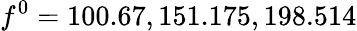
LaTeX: f^{0}=100.67,151.175,198.514